Indian journal of veterinary science and animal husbandry - Volume 7,
Year: 1937
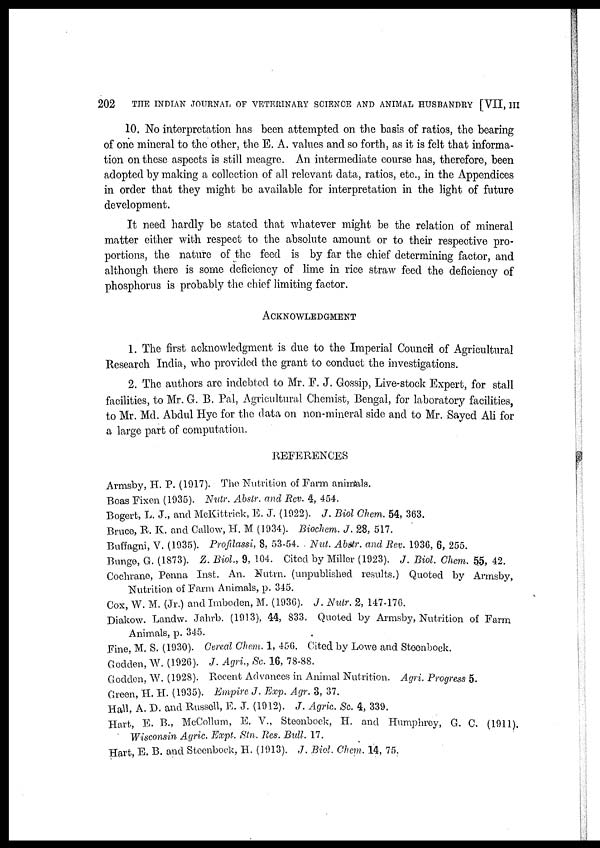
202
THE INDIAN JOURNAL OF VETERINARY SCIENCE AND ANIMAL HUSBANDRY [VII, III
10. No interpretation has been attempted on the basis of ratios, the bearing
of one mineral to the other, the E. A. values and so forth, as it is felt that informa-
tion on these aspects is still meagre. An intermediate course has, therefore, been
adopted by making a collection of all relevant data, ratios, etc., in the Appendices
in order that they might be available for interpretation in the light of future
development.
It need hardly be stated that whatever might be the relation of mineral
matter either with respect to the absolute amount or to their respective pro-
portions, the nature of the feed is by far the chief determining factor, and
although there is some deficiency of lime in rice straw feed the deficiency of
phosphorus is probably the chief limiting factor.
ACKNOWLEDGMENT
1. The first acknowledgment is due to the Imperial Council of Agricultural
Research India, who provided the grant to conduct the investigations.
2. The authors are indebted to Mr. F. J. Gossip, Live-stock Expert, for stall
facilities, to Mr. G. B. Pal, Agricultural Chemist, Bengal, for laboratory facilities,
to Mr. Md. Abdul Hye for the data on non-mineral side and to Mr. Sayed Ali for
a large part of computation.
REFERENCES
Armsby, H. P. (1917). The Nutrition of Farm animals.
Boas Fixen (1935). Nutr. Abstr. and Rev. 4, 454.
Bogert, L. J., and McKittrick, E. J. (1922). J. Biol Chem. 54, 363.
Bruce, R. K. and Callow, H. M (1934). Biochem. J. 28, 517.
Buffagni, V. (1935). Profilassi, 8, 53-54. Nut. Abstr and Rev. 1936, 6, 255.
Bunge, G. (1873). Z. Biol, 9, 104. Cited by Miller (1923). J. Biol. Chem. 55, 42.
Cochrane, Penna Inst. An. Nutrn. (unpublished results.) Quoted by Armsby,
Nutrition of Farm Animals, p. 345.
Cox, W. M. (Jr.) and Imboden, M. (1936). J. Nutr. 2, 147-176.
Diakow. Landw. Jahrb. (1913), 44, 833. Quoted by Armsby, Nutrition of Farm
Animals, p. 345.
Fine, M. S. (1930). Cereal Chem. 1, 456. Cited by Lowe and Steenbock.
Godden, W. (1926). J. Agri., Sc. 16, 78-88.
Godden, W. (1928). Recent Advances in Animal Nutrition. Agri. Progress 5.
Green, H. H. (1935). Empire J. Exp. Agr. 3, 37.
Hall, A. D. and Russell, E. J. (1912). J. Agric. Sc. 4, 339.
Hart, E. B., McCollum, E. V., Steenbock, H. and Humphrey, G. C. (1911).
Wisconsin Agric. Expt. Stn. Res. Bull. 17.
Hart, E. B. and Steenbock, H. (1913). J. Biol. Chem. 14, 75.